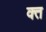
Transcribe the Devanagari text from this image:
क्‍त